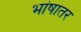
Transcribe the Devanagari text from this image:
भांषातर